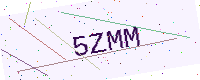
Text: 5ZMM